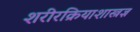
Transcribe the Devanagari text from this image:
शरीरक्रियाशास्त्रज्ञ